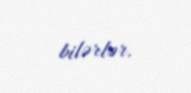
bilərlər.